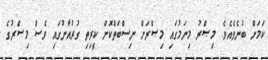
ކަމަށް ބުނެވެއެވެ. މިޞްރު މިނަމުގައި މިޞްރަށް ނިސްބަތްކޮށް ކީރިތި ގުރުއާނުގައި ވެސް މިޞްރުގެ